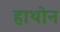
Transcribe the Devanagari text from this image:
हाथोन